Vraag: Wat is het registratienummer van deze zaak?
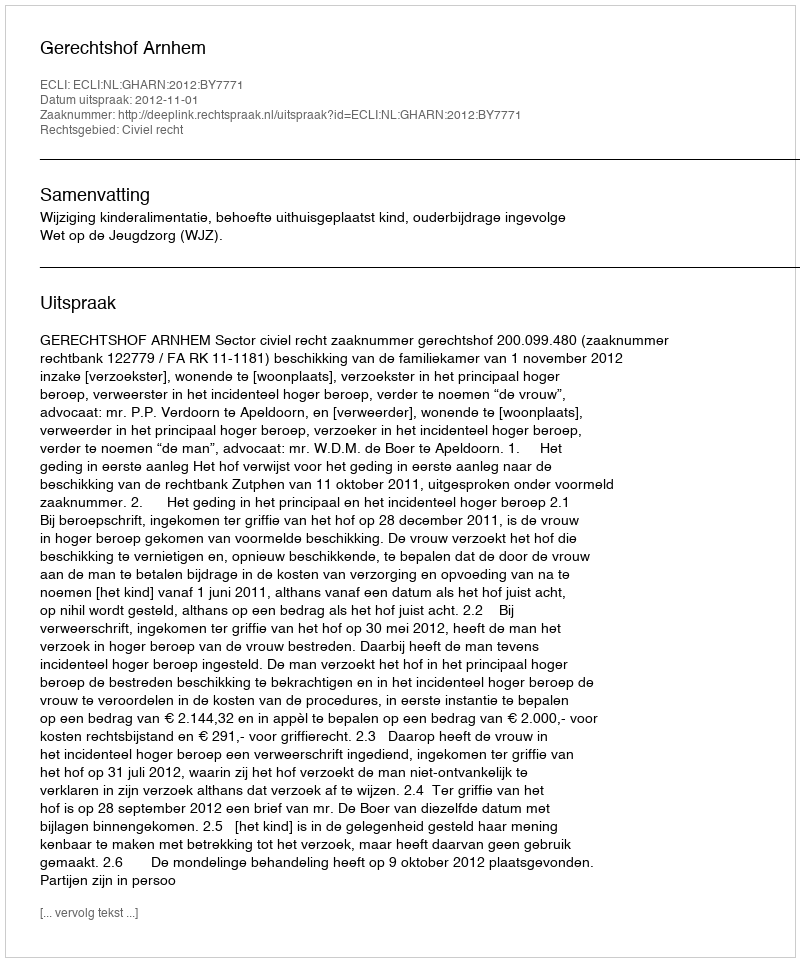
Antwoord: http://deeplink.rechtspraak.nl/uitspraak?id=ECLI:NL:GHARN:2012:BY7771